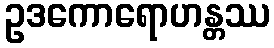
ဥဒကောရောဟန္တဿ